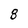
Character: 8